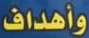
وأهداف